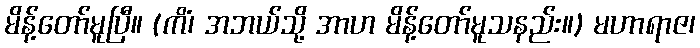
မိန့်တော်မူပြီ။ (ကိံ၊ အဘယ်သို့ အာဟ မိန့်တော်မူသနည်း။) မဟာရာဇ၊